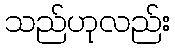
သည်ဟုလည်း